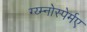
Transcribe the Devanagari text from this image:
ग्य्म्नोस्पेर्मए